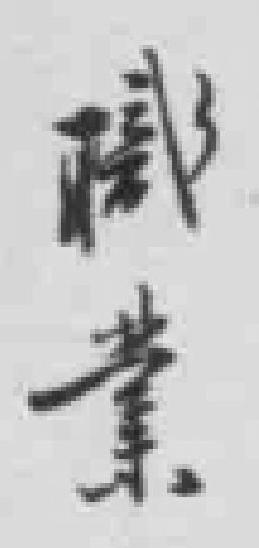
職業